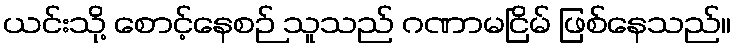
ယင်းသို့ စောင့်နေစဉ် သူသည် ဂဏာမငြိမ် ဖြစ်နေသည်။